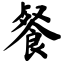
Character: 餐